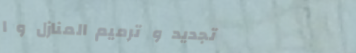
تجديد و ترميم المنازل و ا